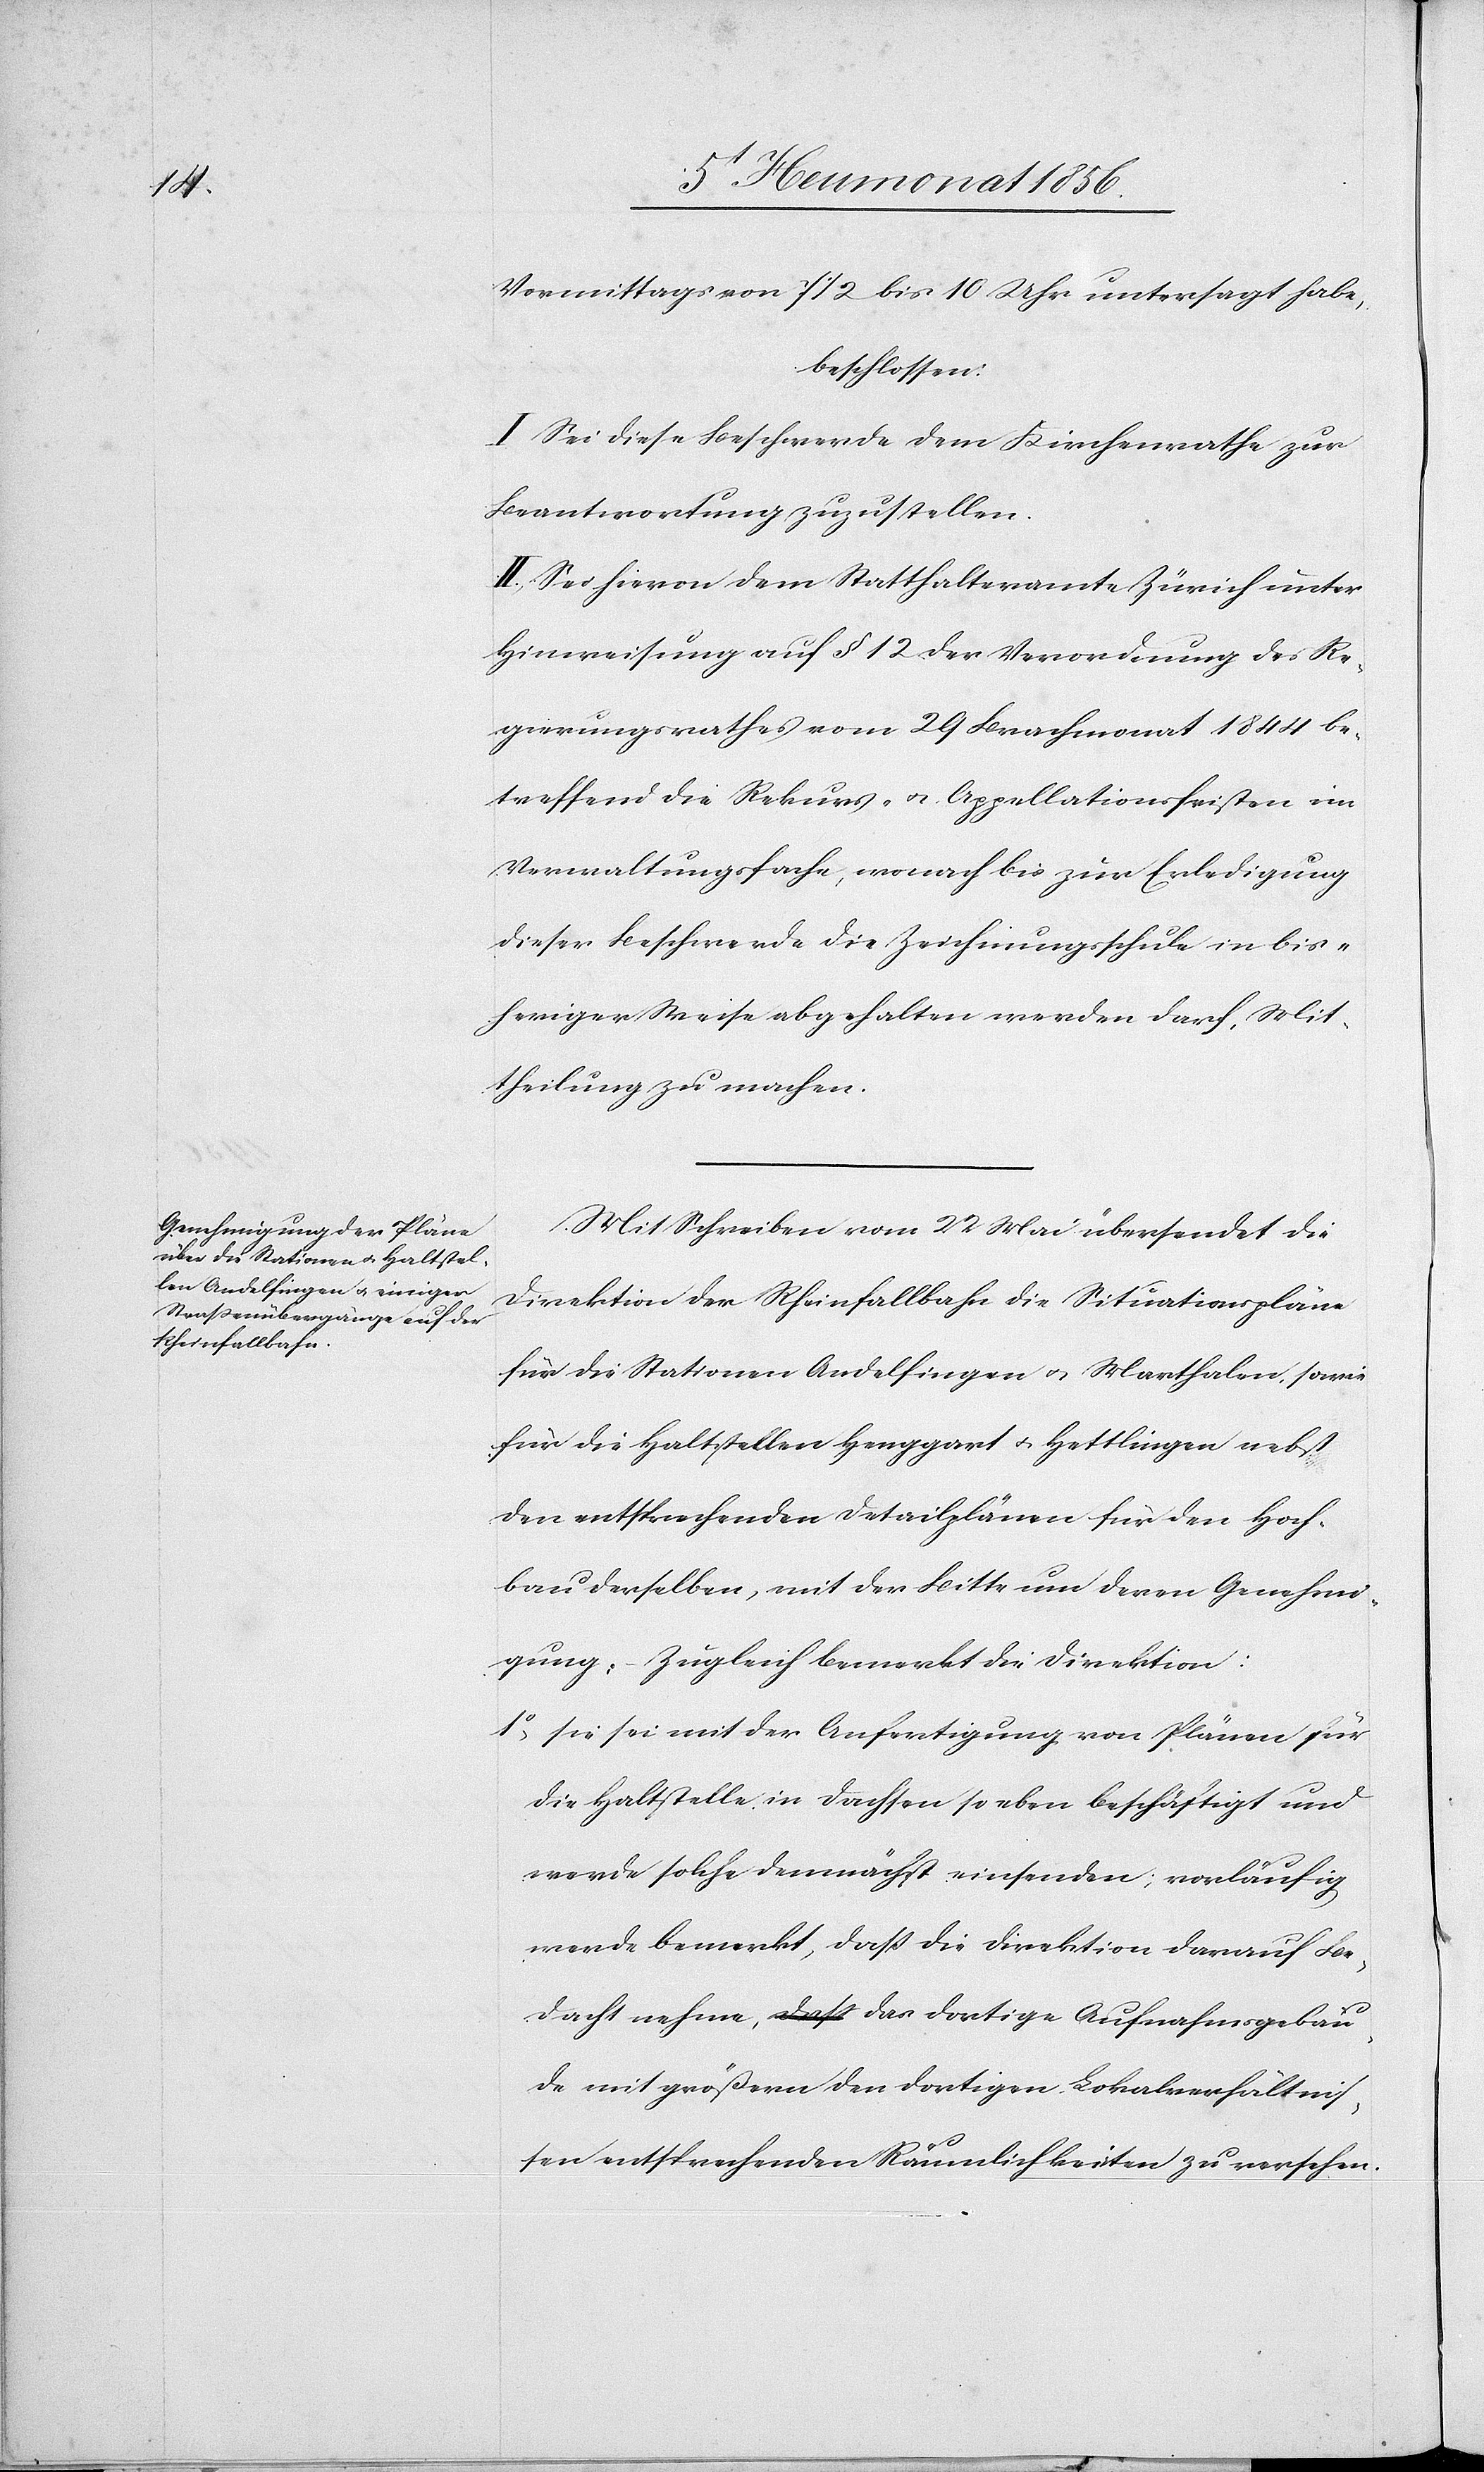
Vormittags von 7 1/2 bis 10 Uhr untersagt habe,
beschlossen:
I. Sei diese Beschwerde dem Kirchenrathe zur
Beantwortung zuzustellen.
II. Sei hievon dem Statthalteramte Zürich unter
Hinweisung auf § 12 der Verordnung des Re¬
gierungsrathes vom 29 Brachmonat 1844 be¬
treffend die Rekurs- u. Appellationsfristen im
Verwaltungsfache, wonach bis zur Erledigung
dieser Beschwerde die Zeichnungsschule in bis¬
heriger Weise abgehalten werden darf, Mit¬
theilung zu machen.
Mit Schreiben vom 22 Mai übersendet die
Direktion der Rheinfallbahn die Situationspläne
für die Stationen Andelfingen u. Marthalen, sowie
für die Haltstellen Henggart u. Hettlingen nebst
den entsprechenden Detailplänen für den Hoch¬
bau derselben, mit der Bitte um deren Genehmi¬
gung. – Zugleich bemerkt die Direktion:
1o sie sei mit der Anfertigung von Plänen für
die Haltstelle in Dachsen soeben beschäftigt und
werde solche demnächst einsenden; vorläufig
werde bemerkt, dass die Direktion darauf Be¬
dacht nehme, das dortige Aufnahmsgebäu¬
de mit größern den dortigen Lokalverhältnis¬
sen entsprechenden Räumlichkeiten zu versehen.